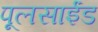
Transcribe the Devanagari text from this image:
पूलसाईंड